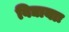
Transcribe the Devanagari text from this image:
विद्यायाः